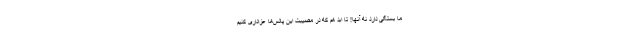
ما بستگی دارد نه آنها! تا ابد هم که در مصیبت این پالس‌ها عزاداری کنیم